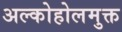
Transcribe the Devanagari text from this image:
अल्कोहोलमुक्त